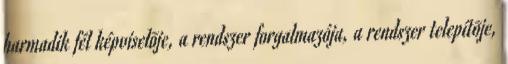
harmadik fél képviselõje, a rendszer forgalmazója, a rendszer telepítõje,